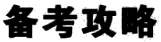
备考攻略